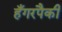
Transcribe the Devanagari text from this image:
हँगरपैकी